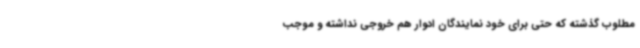
مطلوب گذشته که حتی برای خود نمایندگان ادوار هم خروجی نداشته و موجب